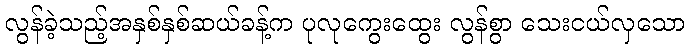
လွန်ခဲ့သည့်အနှစ်နှစ်ဆယ်ခန့်က ပုလုကွေးထွေး လွန်စွာ သေးငယ်လှသော